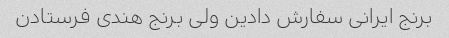
برنج ایرانی سفارش دادین ولی برنج هندی فرستادن